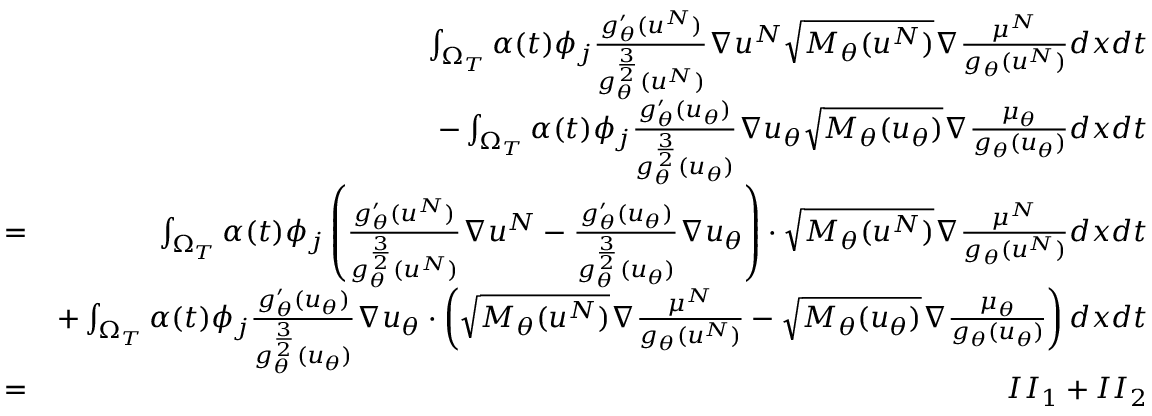
\begin{array} { r l r } & { } & { \int _ { \Omega _ { T } } \alpha ( t ) \phi _ { j } \frac { g _ { \theta } ^ { \prime } ( u ^ { N } ) } { g _ { \theta } ^ { \frac { 3 } { 2 } } ( u ^ { N } ) } \nabla u ^ { N } \sqrt { M _ { \theta } ( u ^ { N } ) } \nabla \frac { \mu ^ { N } } { g _ { \theta } ( u ^ { N } ) } d x d t } \\ & { } & { - \int _ { \Omega _ { T } } \alpha ( t ) \phi _ { j } \frac { g _ { \theta } ^ { \prime } ( u _ { \theta } ) } { g _ { \theta } ^ { \frac { 3 } { 2 } } ( u _ { \theta } ) } \nabla u _ { \theta } \sqrt { M _ { \theta } ( u _ { \theta } ) } \nabla \frac { \mu _ { \theta } } { g _ { \theta } ( u _ { \theta } ) } d x d t } \\ & { = } & { \int _ { \Omega _ { T } } \alpha ( t ) \phi _ { j } \left( \frac { g _ { \theta } ^ { \prime } ( u ^ { N } ) } { g _ { \theta } ^ { \frac { 3 } { 2 } } ( u ^ { N } ) } \nabla u ^ { N } - \frac { g _ { \theta } ^ { \prime } ( u _ { \theta } ) } { g _ { \theta } ^ { \frac { 3 } { 2 } } ( u _ { \theta } ) } \nabla u _ { \theta } \right) \cdot \sqrt { M _ { \theta } ( u ^ { N } ) } \nabla \frac { \mu ^ { N } } { g _ { \theta } ( u ^ { N } ) } d x d t } \\ & { } & { + \int _ { \Omega _ { T } } \alpha ( t ) \phi _ { j } \frac { g _ { \theta } ^ { \prime } ( u _ { \theta } ) } { g _ { \theta } ^ { \frac { 3 } { 2 } } ( u _ { \theta } ) } \nabla u _ { \theta } \cdot \left( \sqrt { M _ { \theta } ( u ^ { N } ) } \nabla \frac { \mu ^ { N } } { g _ { \theta } ( u ^ { N } ) } - \sqrt { M _ { \theta } ( u _ { \theta } ) } \nabla \frac { \mu _ { \theta } } { g _ { \theta } ( u _ { \theta } ) } \right) d x d t } \\ & { = } & { I I _ { 1 } + I I _ { 2 } } \end{array}